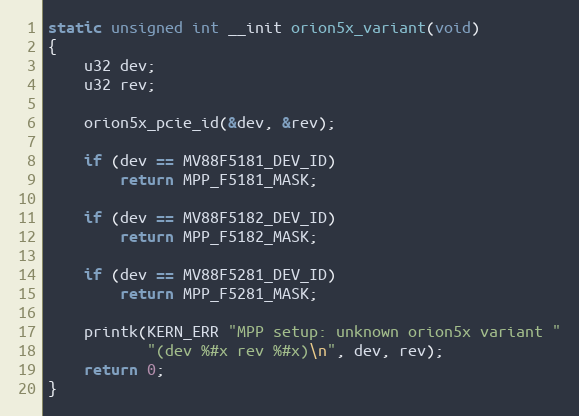
Language: C
static unsigned int __init orion5x_variant(void)
{
	u32 dev;
	u32 rev;

	orion5x_pcie_id(&dev, &rev);

	if (dev == MV88F5181_DEV_ID)
		return MPP_F5181_MASK;

	if (dev == MV88F5182_DEV_ID)
		return MPP_F5182_MASK;

	if (dev == MV88F5281_DEV_ID)
		return MPP_F5281_MASK;

	printk(KERN_ERR "MPP setup: unknown orion5x variant "
	       "(dev %#x rev %#x)\n", dev, rev);
	return 0;
}